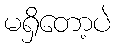
မရှိတော့ပဲ